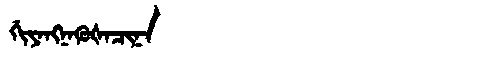
Manchu: ᡤᡳᠶᠠᠩᠨᠠᡴᡠᡧᠠᠴᡳᠨᠠ
Romanization: GIYANGNAKUŠACINA